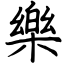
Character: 樂